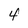
Character: 4